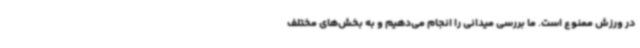
در ورزش ممنوع است. ما بررسی میدانی را انجام می‌دهیم و به بخش‌های مختلف